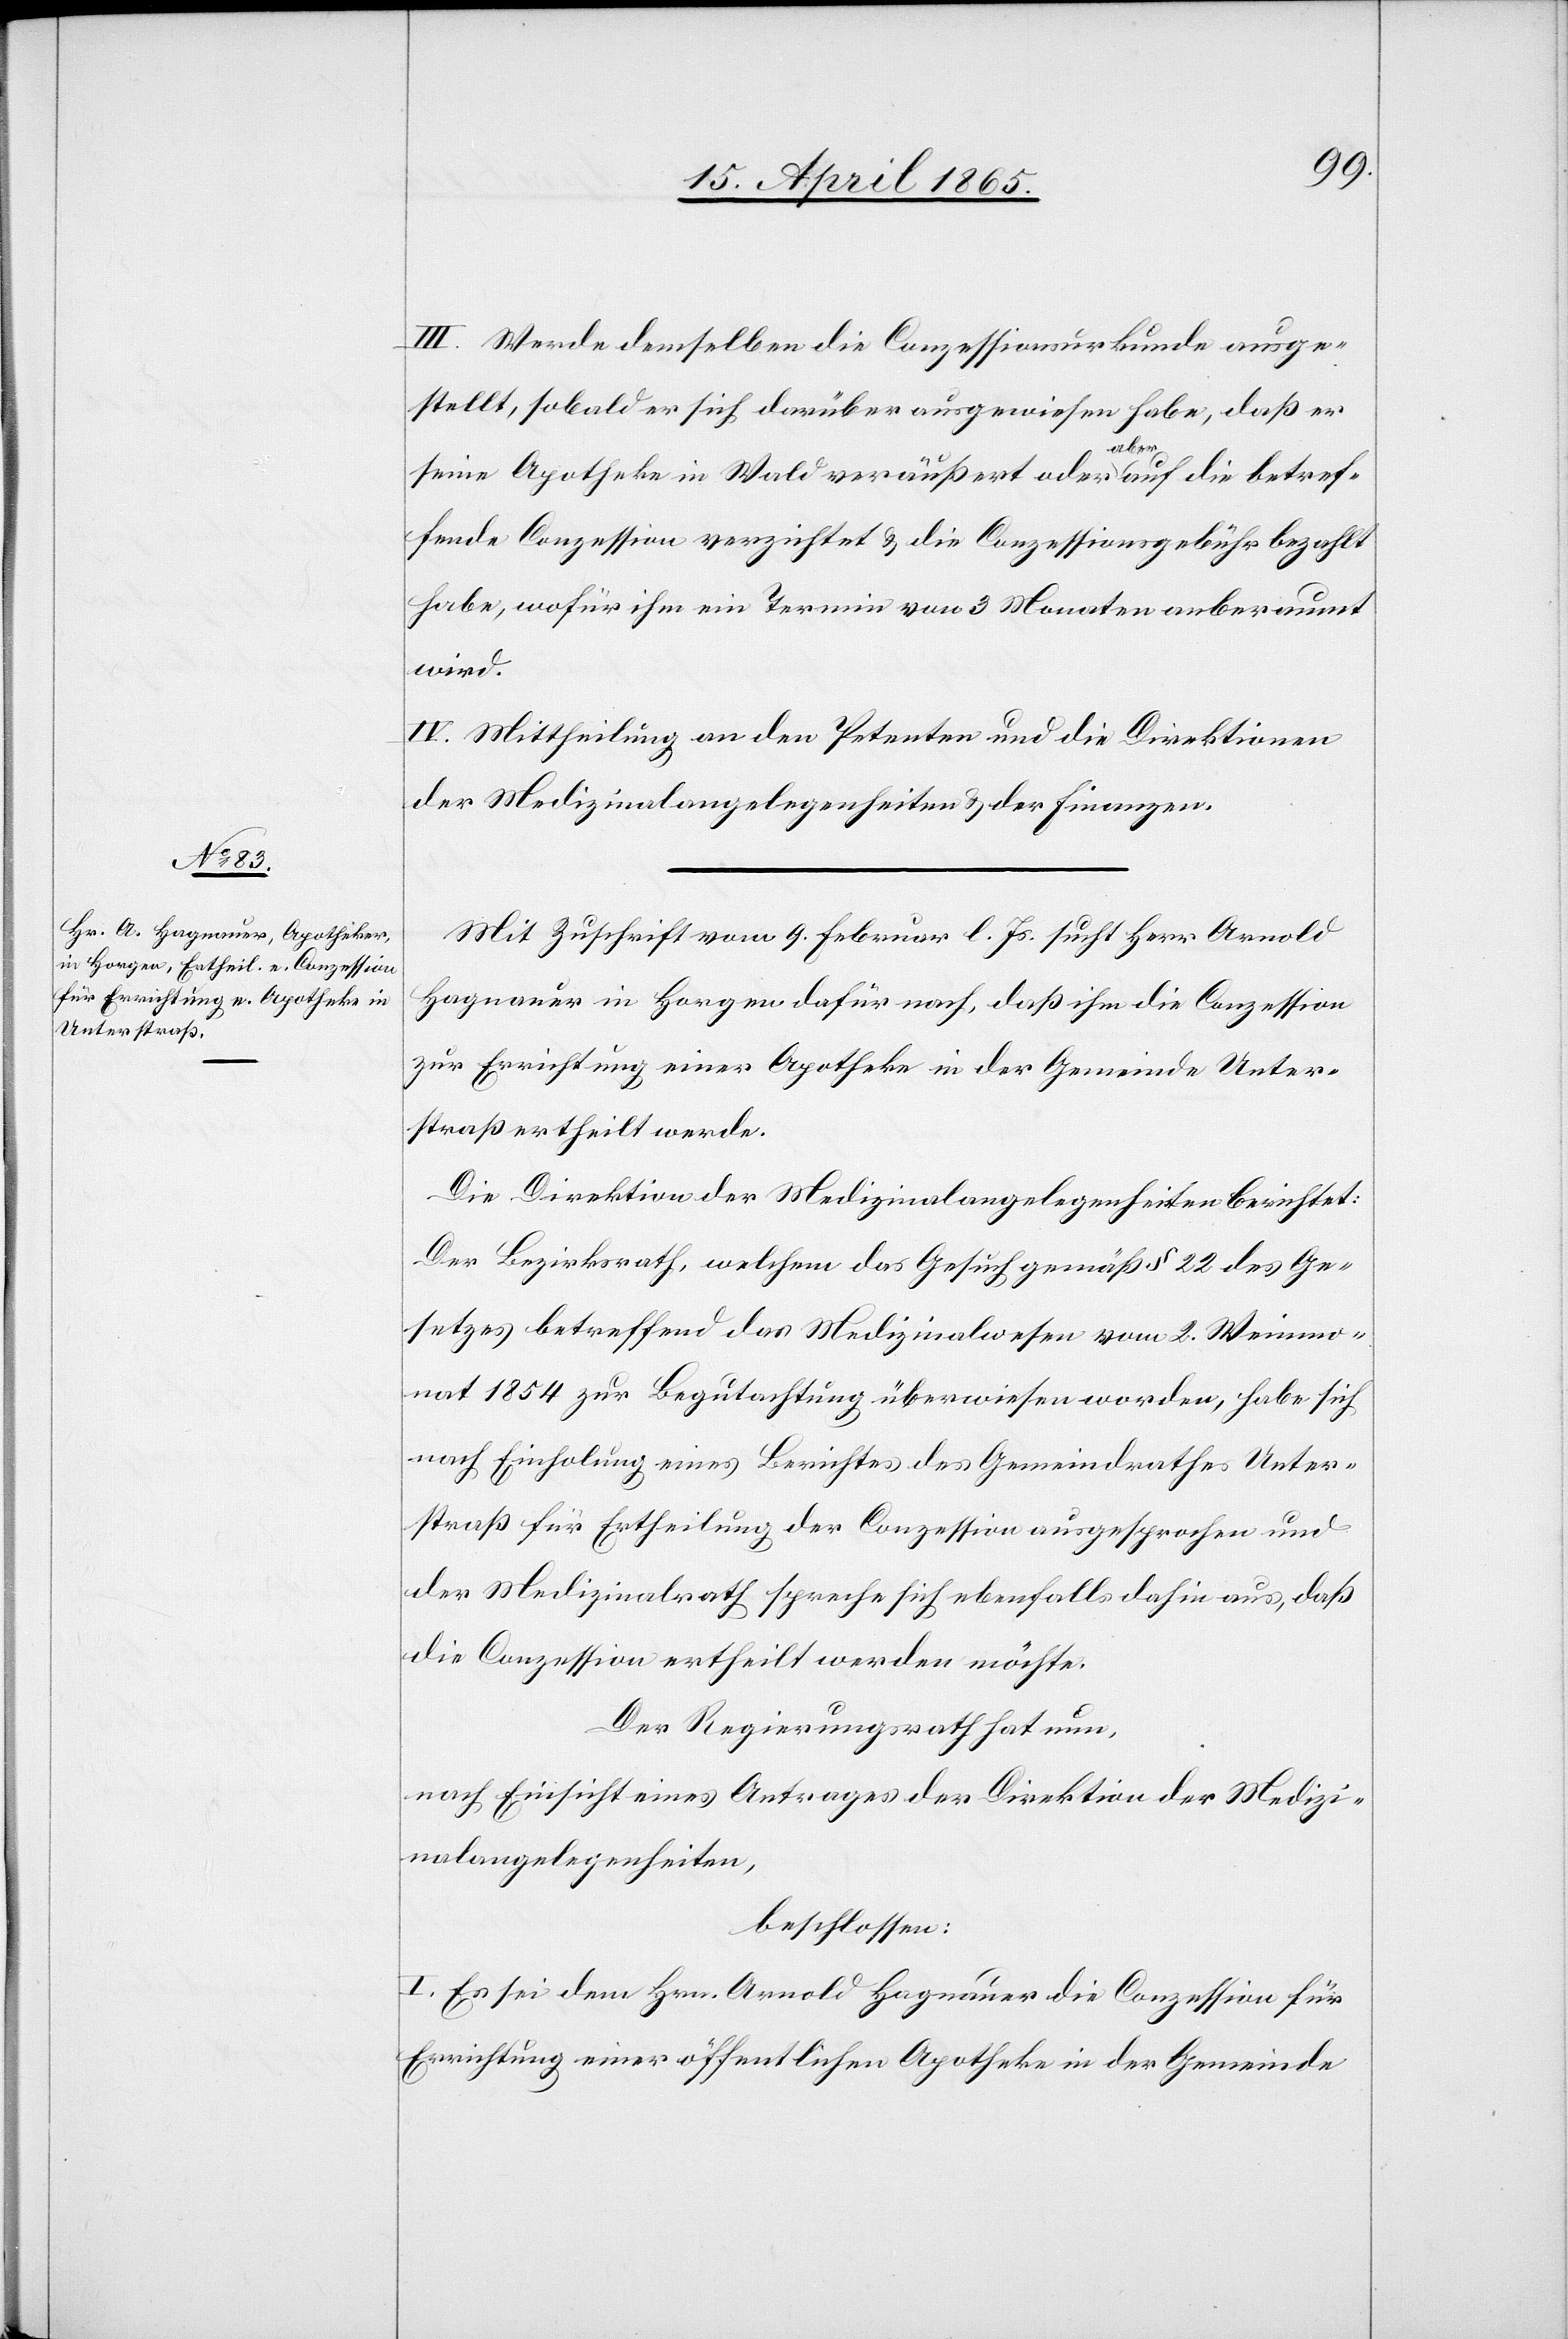
III. Werde demselben die Conzessionsurkunde ausge¬
stellt, sobald er sich darüber ausgewiesen habe, daß er
seine Apotheke in Wald veräußert oder aber auf die betref¬
fende Conzession verzichtet & die Conzessionsgebühr bezahlt
habe, wofür ihm ein Termin von 3 Monaten anberaumt
wird.
IV. Mittheilung an den Petenten und die Direktion
der Medizinalangelegenheiten & der Finanzen.
Mit Zuschrift vom 9. Februar l. Js. sucht Herr Arnold
Hagnauer in Horgen dafür nach, daß ihm die Conzession
zur Errichtung einer Apotheke in der Gemeinde Unter¬
straß ertheilt werde.
Die Direktion der Medizinalangelegenheiten berichtet:
Der Bezirksrath, welchem das Gesuch gemäß § 22 des Ge¬
setzes betreffend das Medizinalwesen vom 2. Weinmo¬
nat 1854 zur Begutachtung überwiesen worden, habe sich
nach Einholung eines Berichtes des Gemeindrathes Unter¬
straß für Ertheilung der Conzession ausgesprochen und
der Medizinalrath spreche sich ebenfalls dahin aus, daß
die Conzession ertheilt werden möchte.
Der Regierungsrath hat nun,
nach Einsicht eines Antrages der Direktion der Medizi¬
nalangelegenheiten,
beschlossen:
I. Es sei dem Hrn. Arnold Hagnauer die Conzession für
Errichtung einer öffentlichen Apotheke in der Gemeinde